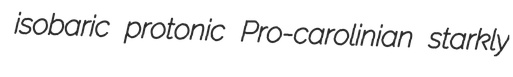
isobaric protonic Pro-carolinian starkly